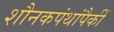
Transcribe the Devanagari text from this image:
शौनकपंथांपैकीं